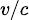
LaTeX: \scriptstyle{v/c}